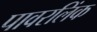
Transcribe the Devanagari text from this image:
पावरलिंक